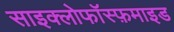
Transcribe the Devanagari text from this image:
साइक्लोफॉस्फ़माइड